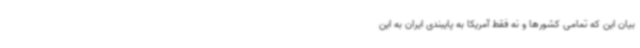
بیان این که تمامی کشورها و نه فقط آمریکا به پایبندی ایران به این